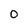
Character: 0